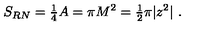
S _ { R N } = { \textstyle \frac { 1 } { 4 } } A = \pi M ^ { 2 } = { \textstyle \frac { 1 } { 2 } } \pi | z ^ { 2 } | \ .